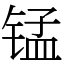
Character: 锰